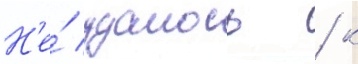
Н'е́ удалось / к